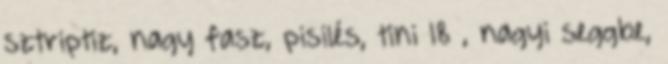
sztriptiz, nagy fasz, pisilés, tini 18 , nagyi seggbe,